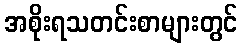
အစိုးရသတင်းစာများတွင်